Report of the Indian Hemp Drugs Commission, 1894-1895 - Volume III
Year: 1894
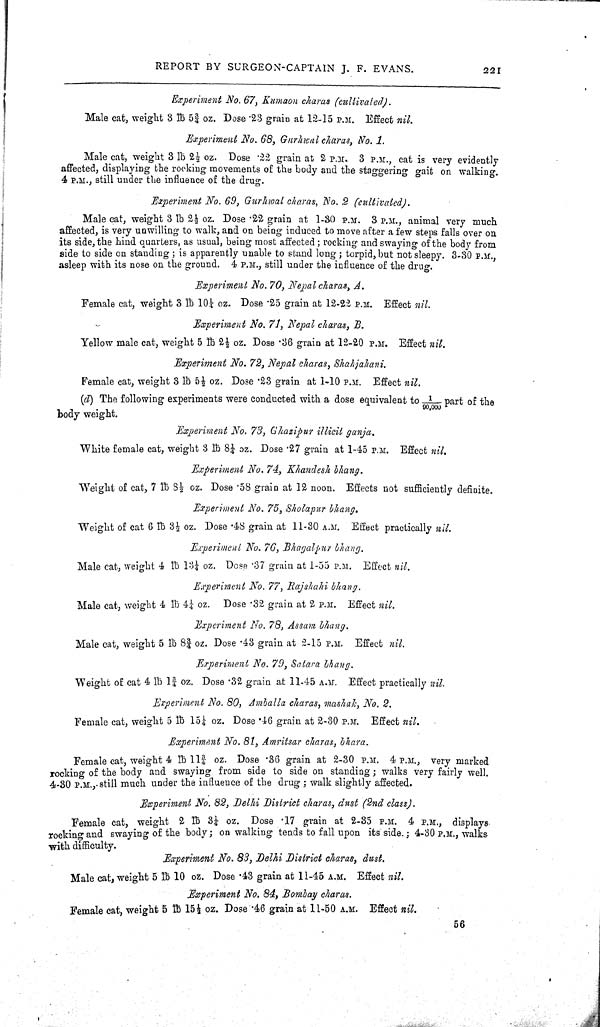
REPORT BY SURGEON-CAPTAIN J. F. EVANS.
221
Experiment No. 67, Kumaon charas (cultivated).
Male cat, weight 3 lb 53/4 oz. Dose .23 grain at 12-15 P.M. Effect nil.
Experiment No. 68, Gurhwal charas, No. 1.
Male cat, weight 3 lb 21/2 oz. Dose .22 grain at 2 P.M. 3 P.M., cat is very evidently
affected, displaying the rocking movements of the body and the staggering gait on walking.
4 P.M., still under the influence of the drug.
Experiment No. 69, Gurhwal charas, No. 2 (cultivated).
Male cat, weight 3 lb 21/2 oz. Dose .22 grain at 1-30 P.M. 3 P.M., animal very much
affected, is very unwilling to walk, and on being induced to move after a few steps falls over on
its side, the hind quarters, as usual, being most affected; rocking and swaying of the body from
side to side on standing; is apparently unable to stand long; torpid, but not sleepy. 3-30 P.M.,
asleep with its nose on the ground. 4 P.M., still under the influence of the drug.
Experiment No. 70, Nepal charas, A.
Female cat, weight 3 lb 101/4 oz. Dose .25 grain at 12-22 P.M. Effect nil.
Experiment No. 71, Nepal charas, B.
Yellow male cat, weight 5 lb 21/4 oz. Dose .36 grain at 12-20 P.M. Effect nil.
Experiment No. 72, Nepal charas, Shahjahani.
Female cat, weight 3 lb 51/5 oz. Dose .23 grain at 1-10 P.M. Effect nil.
(d) The following experiments were conducted with a dose equivalent to 1/90,000 part of the
body weight.
Experiment No. 73, Ghazipur illicit ganja.
White female cat, weight 3 lb 81/4 oz. Dose .27 grain at 1-45 P.M. Effect nil.
Experiment No. 74, Khandesh bhang.
Weight of cat, 7 lb 81/2 oz. Dose .58 grain at 12 noon. Effects not sufficiently definite.
Experiment No. 75, Sholapur bhang.
Weight of cat 6 lb 31/2 oz. Dose .48 grain at 11-30 A.M. Effect practically nil.
Experiment No. 76, Bhagalpur bhang.
Male cat, weight 4 lb 1.31/4 oz. Dose .37 grain at 1-55 P.M. Effect nil.
Experiment No. 77, Rajshahi bhang.
Male cat, weight 4 lb 41/4 oz. Dose .32 grain at 2 P.M. Effect nil.
Experiment No. 78, Assam bhang.
Male cat, weight 5 lb 83/4 oz. Dose .43 grain at 2-15 P.M. Effect nil.
Experiment No. 79, Satara bhang.
Weight of cat 4 lb 13/4 oz. Dose .32 grain at 11-45 A.M. Effect practically nil.
Experiment No. 80, Amballa charas, mashak, No. 2.
Female cat, weight 5 lb 151/4 oz. Dose .46 grain at 2-30 P.M. Effect nil.
Experiment No. 81, Amritsar charas, bhara.
Female cat, weight 4 lb 113/4 oz. Dose .36 grain at 2-30 P.M. 4 P.M., very marked
rocking of the body and swaying from side to side on standing; walks very fairly well.
4-30 P.M. still much under the influence of the drug; walk slightly affected.
Experiment No. 82, Delhi District charas, dust (2nd class).
Female cat, weight 2 lb 31/4 oz. Dose .17 grain at 2-35 P.M. 4 P.M., displays
rocking and swaying of the body; on walking tends to fall upon its side.; 4-30 P.M., walks
with difficulty.
Experiment No. 83, Delhi District charas, dust.
Male cat, weight 5 lb 10 oz. Dose .43 grain at 11-45 A.M. Effect nil.
Experiment No, 84, Bombay charas.
Female cat, weight 5 lb 151/2 oz. Dose .46 grain at 11-50 A.M. Effect nil.
56